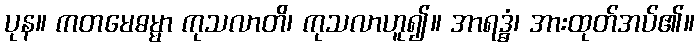
ပုန။ ကတမေဓမ္မာ ကုသလာတိ၊ ကုသလာဟူ၍။ အာရဒ္ဓံ၊ အားထုတ်အပ်၏။